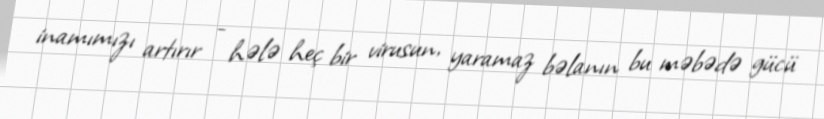
inamımızı artırır - hələ heç bir virusun, yaramaz bəlanın bu məbədə gücü